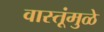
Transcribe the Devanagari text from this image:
वास्तूंमुळे